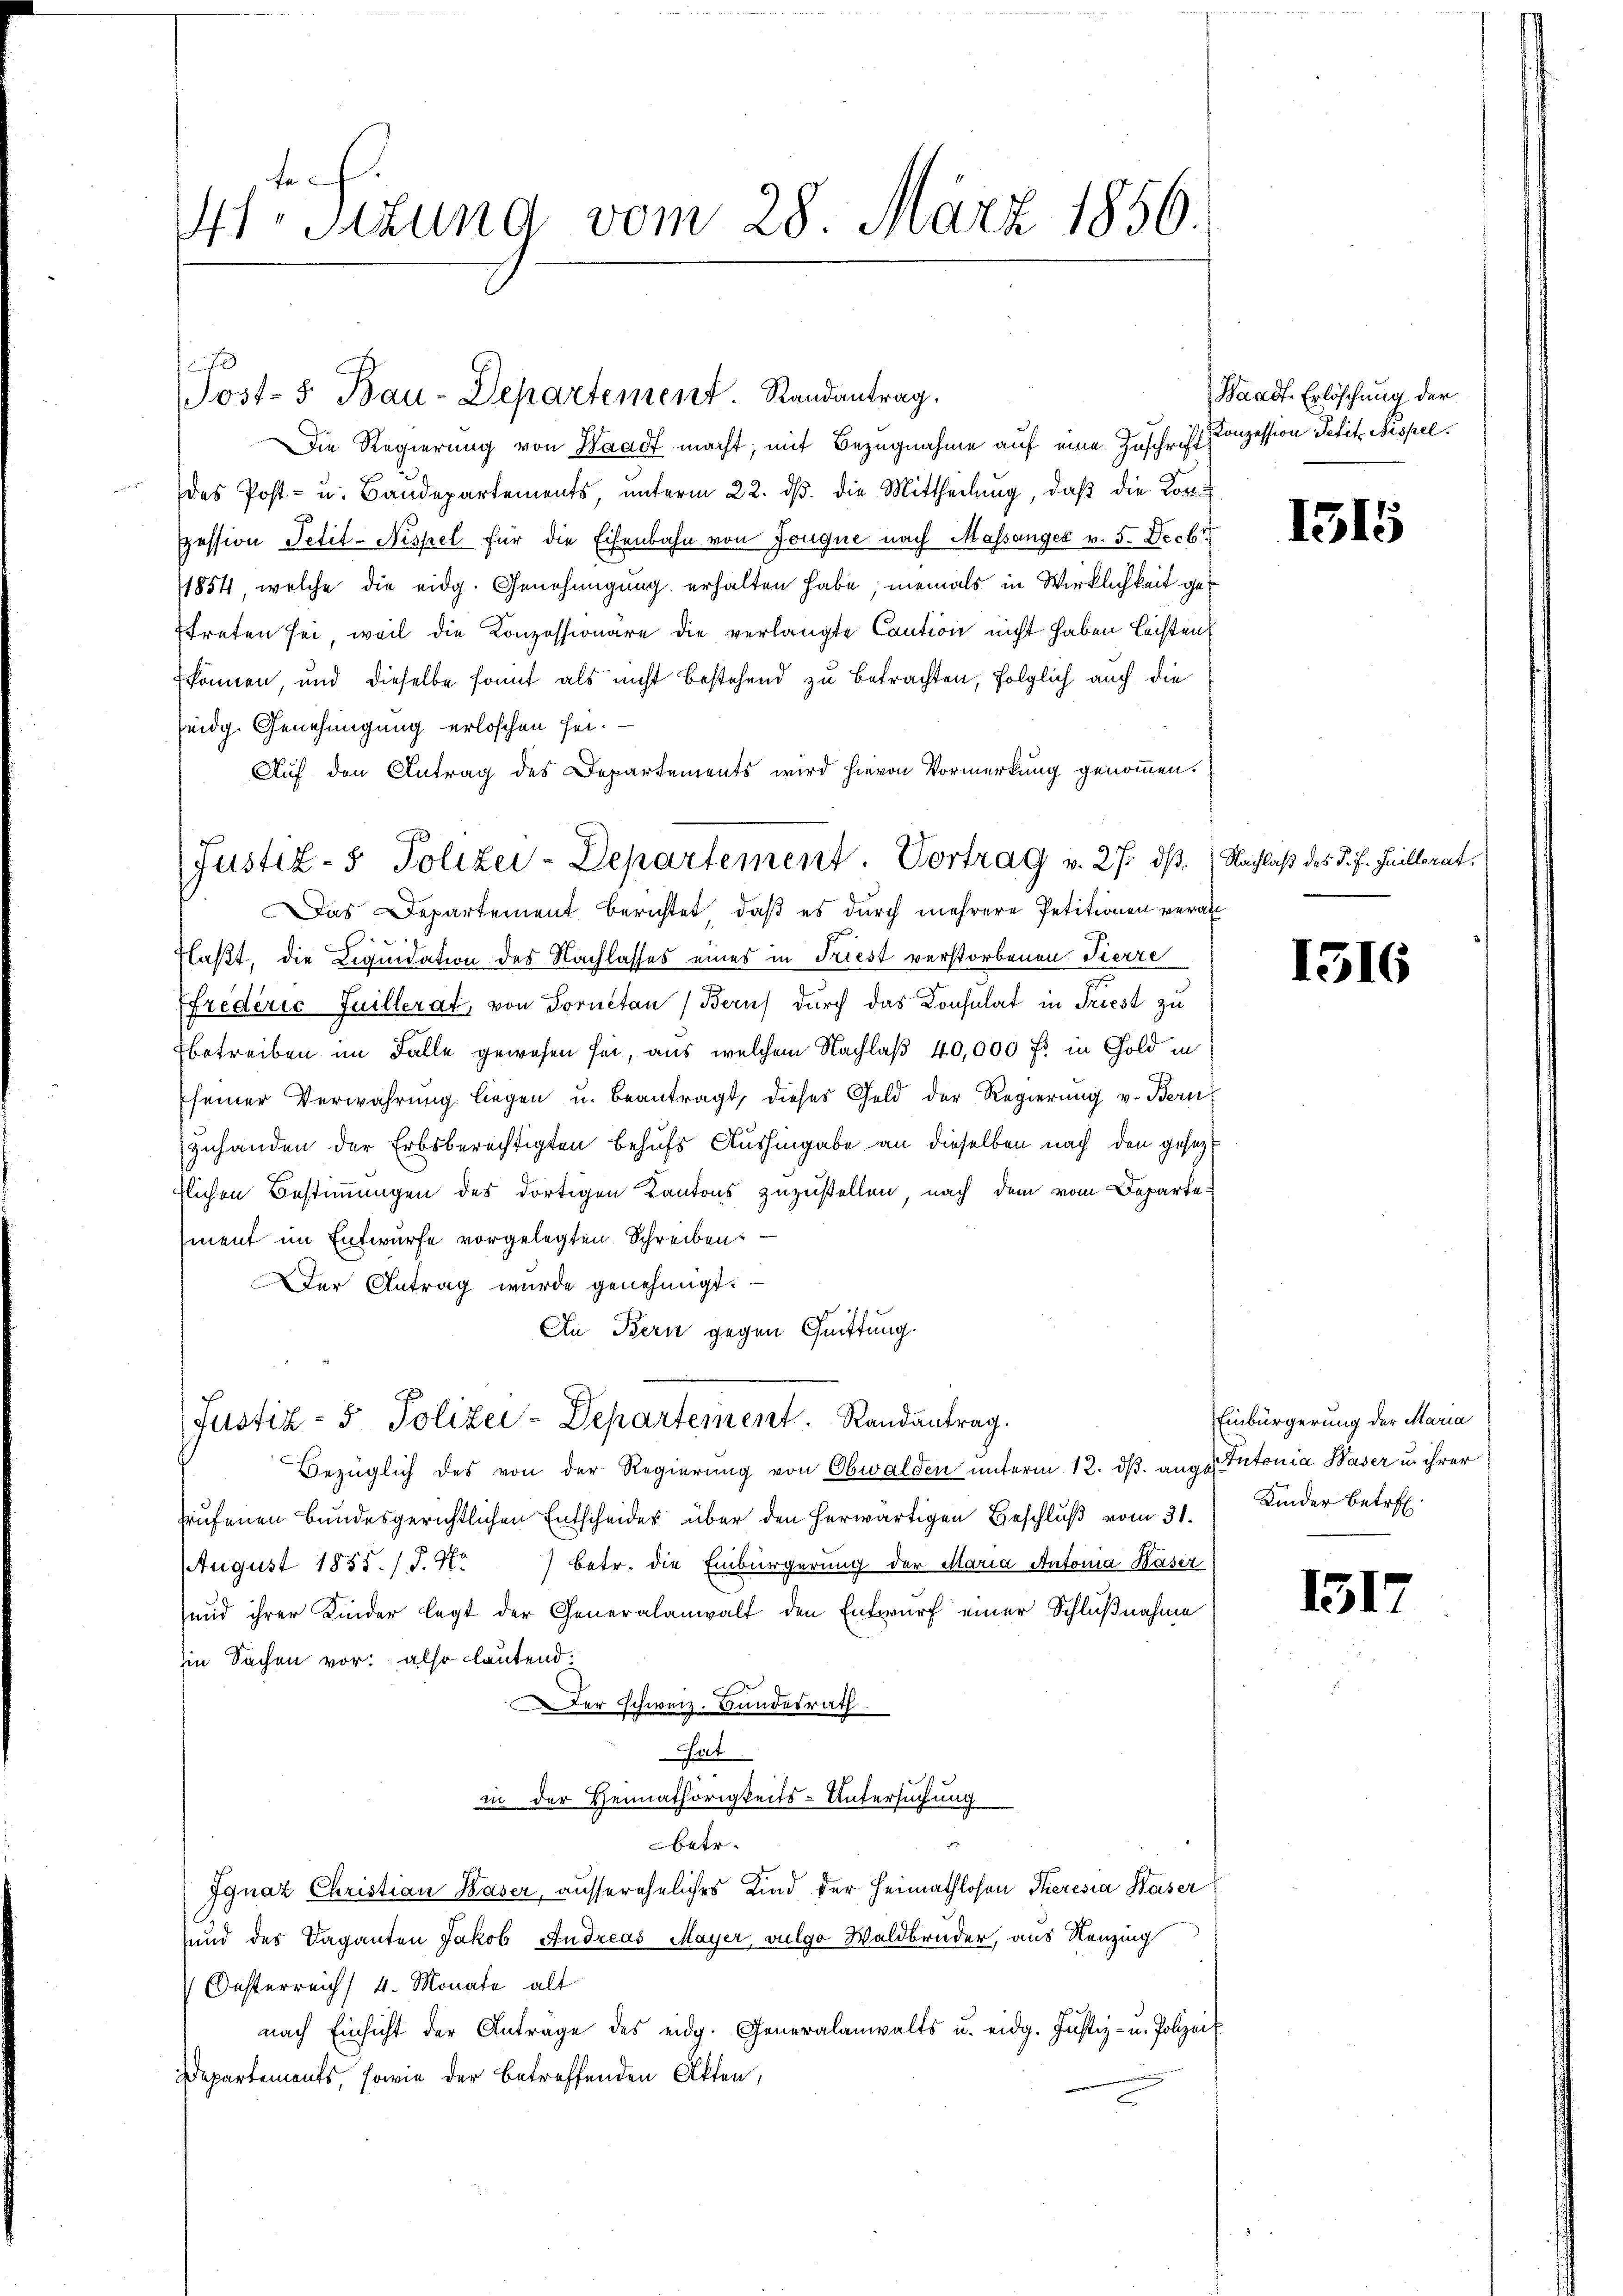
fe
t.Sizung vom 28. März 1856.

0
Sost- 5. Bau-Departement. Randantrag.

Die Regierung von Waadt macht, mit Bezugnahme auf eine Zuschrift Conzession Petit. Nispeldas Post- u. Baudepartements, unterm 22. ds. die Mittheilung, daß die Konpession Petit-Nispel für die Eisenbahn von Jouque nach Massanger v. 5. Decbr.
1854, welche die eidg. Genehmigung erhalten habe, niemals in Wirklichkeit geftreten sei, weil die Konzessionäre die verlangte Caution nicht haben leisten
können, und dieselbe konnt als nicht bestehend zu betrachten, folglich auch die
seidg. Genehmigung erloschen sei.
Auf den Antrag des Departements wird hievon Vormerkung genommen.
Das Departement berichtet, daß es durch mehrere Petitionen veran¬
Flaßt, die Liquidation des Nachlasses eines in Friest verstorbenen Tierre
Efrederić Juillerat, von Fornetan (Beruf durch das Konsulat in Triest zu
betreiben im Falle gewesen sei, aus welchem Nachlaß 40,000 fl in Gold in
seiner Verwahrung liegen u. beantragt, dieses Geld der Regierŭng v. Bern
zuhanden der Erbsberechtigten behufs Aushingabe an dieselben nach den gesezt
zlichen Bestimmungen des dortigen Kantons zuzustellen, nach dem vom Departement im Entwurfe vorgelegten Schreiben:
Der Antrag wurde genehmigt.
An Bern gegen Quittung.

Justiz- & Polizei-Departement. Vortrag v. 27. dß. Nachlaß des J. J. Guillerat.

Justiz- & Polizei-Departement. Randantrag.

Waadt Erlöschung der

Bezüglich des von der Regierung von Obwalden unterm 12. ds. ange Putonia Waser u. ihrer
rufenen Bundesgerichtlichen Entscheides über den herwärtigen Beschluß vom 31.
August 1855. / P. Pa
) Betr. die Einbürgerung der Maria Antonia Kaser
und ihrer Kinder legt der Generalanwalt den Entwurf einer Schlußnahme
Ein Sachen vor. also lautend.
Der schweiz. Bundesrath
Gat
in der Heimathörigkeits-Untersuchung
betr.
Ignaz Christian Baser, aussereheliches Kind der Heimathlosen Tieresia Waser
und des Vaganten Jakob Andreas Mayer, vulgo Waldbruder, aus Neuzing
Oesterreich 4 Monate alt
nach Einsicht der Anträge des eidg. Generalanwalts u. eidg. Justiz- u. Polizei
Departements, sowie der betreffenden Akten,

1315

1516

Einbürgerung der Maria
Kinder betref

131